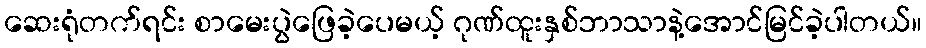
ဆေးရုံတက်ရင်း စာမေးပွဲဖြေခဲ့ပေမယ့် ဂုဏ်ထူးနှစ်ဘာသာနဲ့အောင်မြင်ခဲ့ပါတယ်။